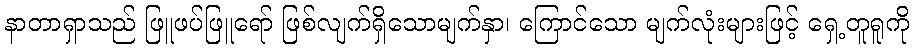
နာတာရှာသည် ဖြူဖပ်ဖြူရော် ဖြစ်လျက်ရှိသောမျက်နှာ၊ ကြောင်သော မျက်လုံးများဖြင့် ရှေ့တူရူကို